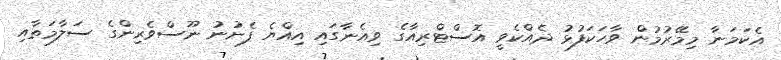
އެކަމަނާ މިމޭރުމުން ވާހަކަފުޅު ދެއްކެވީ އޮސްޓްރިއާގެ ވިއެނާގައި އިއްޔެ ފެށުނު ނޫސްވެރިންގެ ސަލާމަތާއި